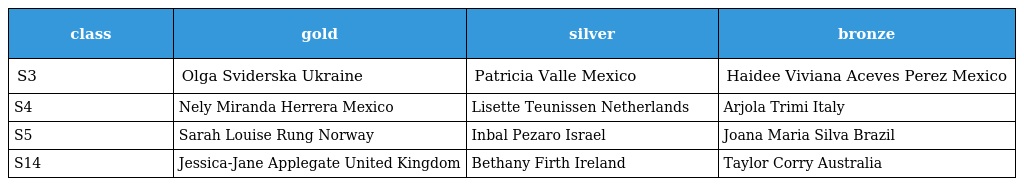
| class | gold | silver | bronze |
 | --- | --- | --- | --- |
 | S3 | Olga Sviderska Ukraine | Patricia Valle Mexico | Haidee Viviana Aceves Perez Mexico |
 | S4 | Nely Miranda Herrera Mexico | Lisette Teunissen Netherlands | Arjola Trimi Italy |
 | S5 | Sarah Louise Rung Norway | Inbal Pezaro Israel | Joana Maria Silva Brazil |
 | S14 | Jessica-Jane Applegate United Kingdom | Bethany Firth Ireland | Taylor Corry Australia |